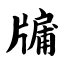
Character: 牖